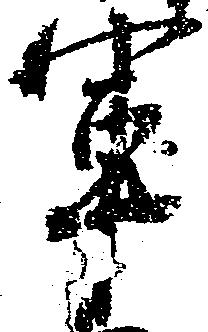
軍